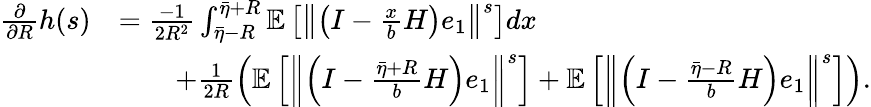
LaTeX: \begin{array}{rl}{\frac{\partial}{\partial R}h(s)}&{=\frac{-1}{2R^{2}}\int_{\bar{\eta}-R}^{\bar{\eta}+R}\mathbb{E}\left[\left\Vert\left(I-\frac{x}{b}H\right)e_{1}\right\Vert^{s}\right]dx}\\ &{\qquad+\frac{1}{2R}\left(\mathbb{E}\left[\left\Vert\left(I-\frac{\bar{\eta}+R}{b}H\right)e_{1}\right\Vert^{s}\right]+\mathbb{E}\left[\left\Vert\left(I-\frac{\bar{\eta}-R}{b}H\right)e_{1}\right\Vert^{s}\right]\right).}\end{array}